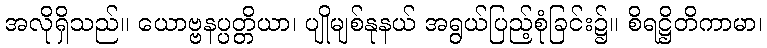
အလိုရှိသည်။ ယောဗ္ဗနပ္ပတ္တိယာ၊ ပျိုမျစ်နုနယ် အရွယ်ပြည့်စုံခြင်း၌။ စိရဋ္ဌိတိကာမာ၊